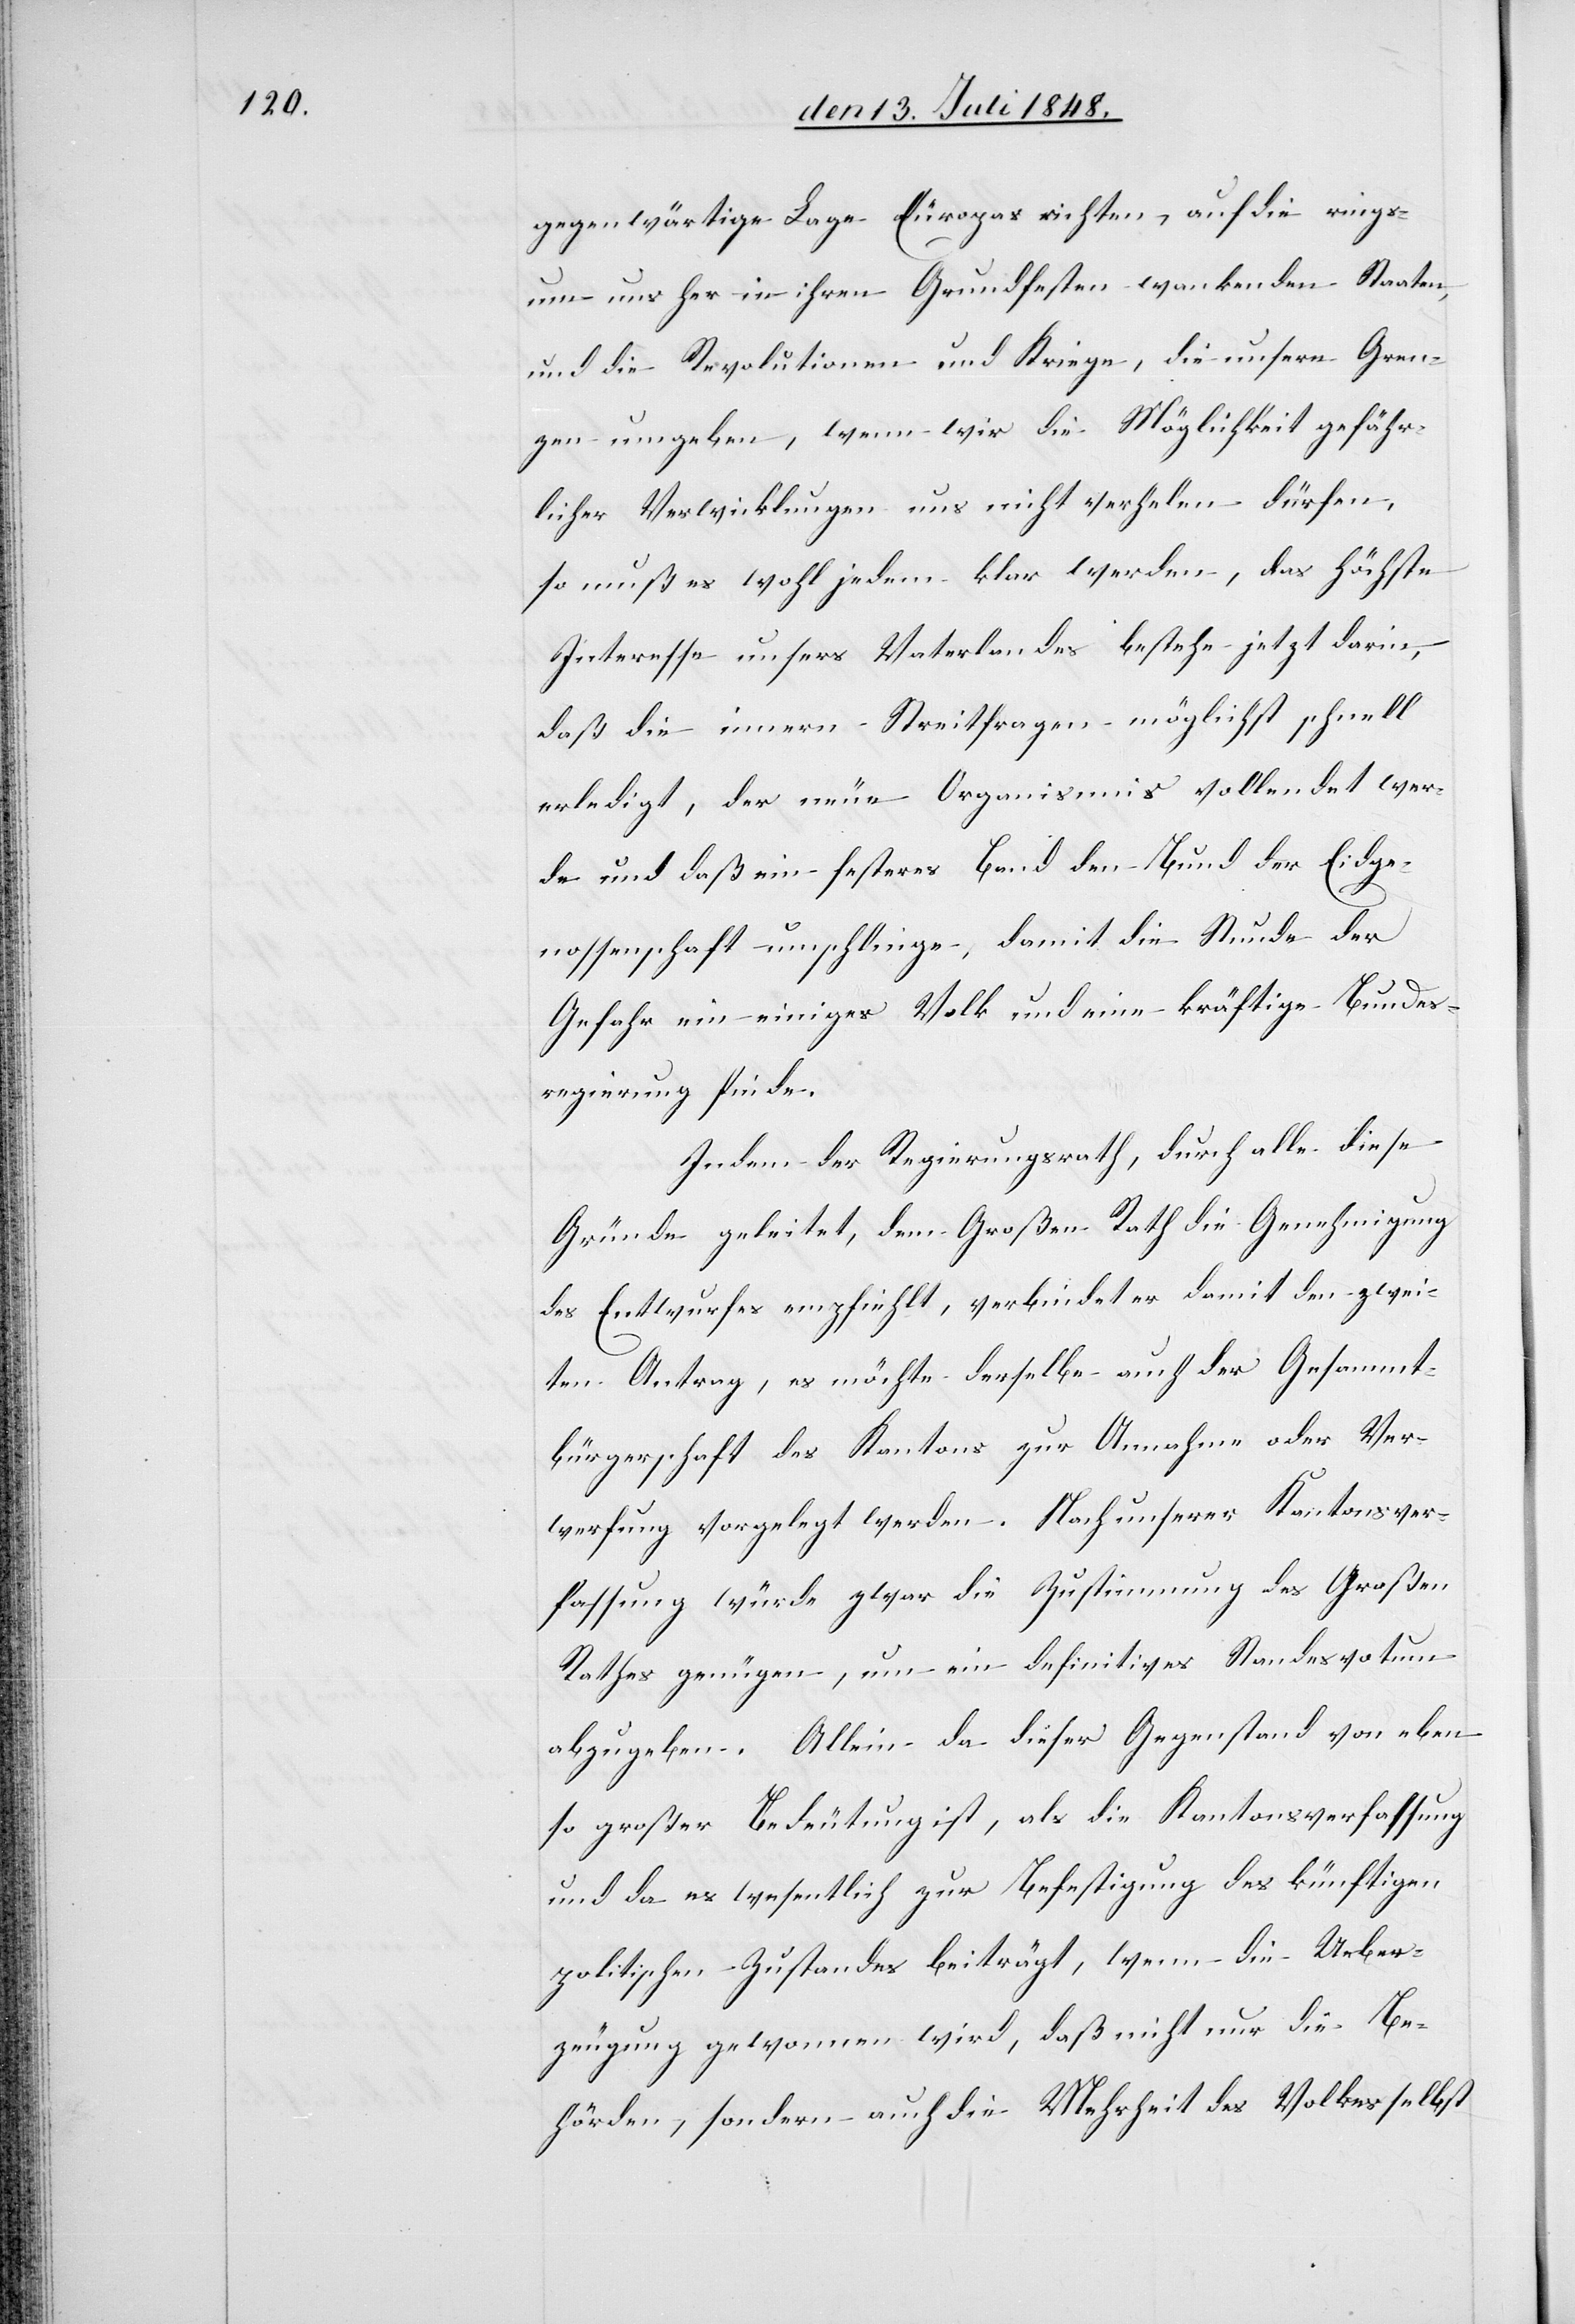
gegenwärtige Lage Europas richten, auf die rings¬
um uns her in ihren Grundfesten wankenden Staaten,
und die Revolutionen und Kriege, die unsere Gren¬
zen umgeben, wenn wir die Möglichkeit gefähr¬
licher Verwicklungen uns nicht verhelen dürfen,
so muß es wohl jedem klar werden, das höchste
Interesse unsers Vaterlandes bestehe jetzt darin,
daß die innern Streitfragen möglichst schnell
erledigt, der neue Organismus vollendet wer¬
de und daß ein festeres Band den Bund der Eidge¬
nossenschaft umschlinge, damit die Stund der
Gefahr ein einiges Volk und eine kräftige Bundes¬
regierung finde.
Indem der Regierungsrath, durch alle diese
Gründe geleitete, dem Großen Rathe die Genehmigung
des Entwurfes empfiehlt, verbindet er damit den zwei¬
ten Antrag, es möchte derselbe auch der Gesammt¬
bürgerschaft des Kantons zur Annahme oder Ver¬
werfung vorgelegt werden. Nach unserer Kantonsver¬
fassung würde zwar die Zustimmung des Großen
Rathes genügen, um ein definitives Standesvotum
abzugeben. Allein da dieser Gegenstand von eben
so großer Bedeutung ist, als die Kantonsverfassung
und da es wesentlich zur Befestigung des künftigen
politischen Zustandes beiträgt, wenn die Ueber¬
zeugung gewonnen wird, daß nicht nur die Be¬
hörden, sondern auch die Mehrheit des Volkes selbst